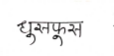
मजकूर: घुसफूस